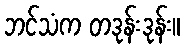
ဘင်သံက တဒုန်းဒုန်း။